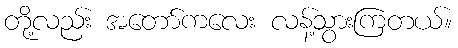
တို့လည်း အတော်ကလေး လန့်သွားကြတယ်။